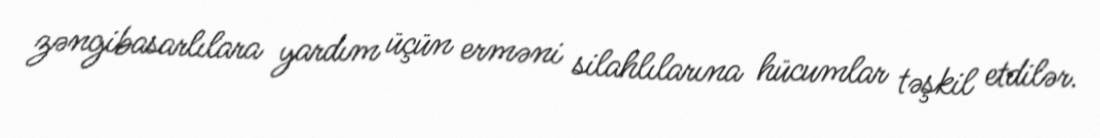
zəngibasarlılara yardım üçün erməni silahlılarına hücumlar təşkil etdilər.